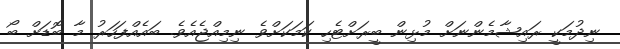
ނިދުމަކީ ރައިޝާމެންނަށް މުޅިން ބީރަށްޓެހި ކަމަކަށްވެ ނިމިއްޖެއެވެ. ބައެއްފަހަރު މާ ބޮޑަށް ބޯ